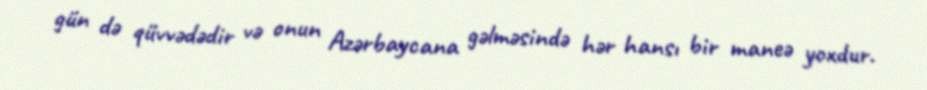
gün də qüvvədədir və onun Azərbaycana gəlməsində hər hansı bir maneə yoxdur.